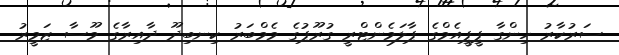
ސަރުކާރު ހިންގާ ޕީޕީއެމްގެ ޕާލަމެންޓްރީ ގުރޫޕުގެ މެމްބަރު ކިނބިދޫ ދާއިރާގެ މޫސާ ޒަމީރު